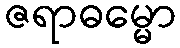
ဇရာဓမ္မော